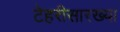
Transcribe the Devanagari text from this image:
टेहरीसारख्या